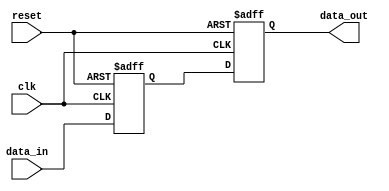
module behavioral_model (
    input wire clk,         // Clock signal
    input wire reset,       // Reset signal
    input wire [7:0] data_in, // Input data
    output reg [7:0] data_out // Output data
);

    // Signal declaration
    reg [7:0] internal_signal;

    // Task definition
    task update_internal_signal;
        input [7:0] new_value;
        begin
            internal_signal <= new_value; // Non-blocking assignment
        end
    endtask

    // Task to handle output based on internal signal
    task update_output;
        begin
            data_out <= internal_signal; // Non-blocking assignment
        end
    endtask

    // Always block for event handling
    always @(posedge clk or posedge reset) begin
        if (reset) begin
            // Reset behavior
            internal_signal <= 8'b0;    // Clear internal signal
            data_out <= 8'b0;           // Clear output signal
        end else begin
            // Call tasks based on input data
            update_internal_signal(data_in); // Update internal signal with input data
            update_output();                   // Update output from internal signal
        end
    end

endmodule